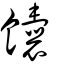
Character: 饢